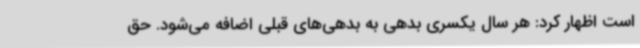
است اظهار کرد: هر سال یکسری بدهی به بدهی‌های قبلی اضافه می‌شود. حق